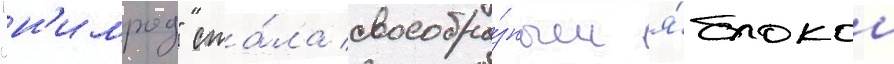
"н'имрод" ста́ла своеобра́зным я́блоком